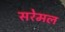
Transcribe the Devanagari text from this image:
सरेमल